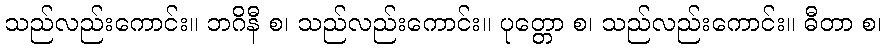
သည်လည်းကောင်း။ ဘဂိနီ စ၊ သည်လည်းကောင်း။ ပုတ္တော စ၊ သည်လည်းကောင်း။ ဓီတာ စ၊